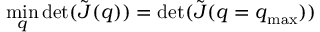
\operatorname* { m i n } _ { \boldsymbol q } \operatorname* { d e t } ( \tilde { \boldsymbol J } ( \boldsymbol q ) ) = \operatorname* { d e t } ( \tilde { \boldsymbol J } ( \boldsymbol q = \boldsymbol q _ { \mathrm { m a x } } ) )